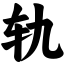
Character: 轨